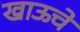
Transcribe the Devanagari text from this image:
खाऊचे